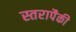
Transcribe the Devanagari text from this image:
स्तरापैकी